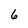
Character: 6